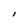
Character: l